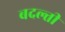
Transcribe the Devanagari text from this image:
बदल्ती